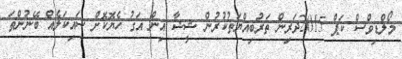
މޯލްޑިވްސް ކަޕް 2015ދަރިން ތަރުބިއްޔަތުކުރުން ޝީޝާ އިން އަގު ހެޔޮކޮށް ސައިކަލެއް ބޭނުންތަ